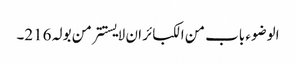
الوضوء باب من الکبائر ان لا یستتر من بولہ 216۔